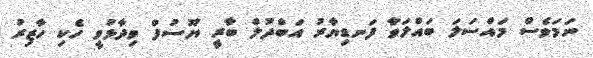
ނަމަވެސް މައްސަލަ ބައްލަވާ ފަނޑިޔާރު އަބްދުލް ބާރީ ޔޫސުފް ވިދާޅުވީ ހެކި ހާޒިރު